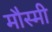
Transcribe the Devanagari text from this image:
मौस्मी